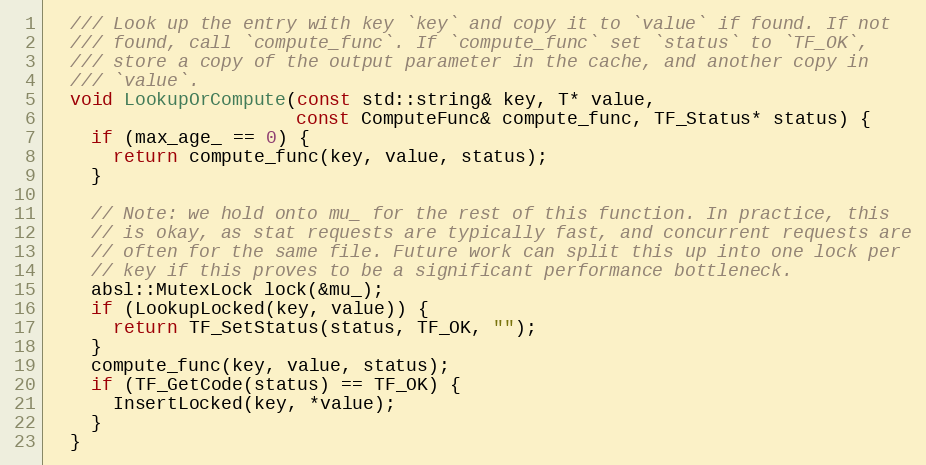
Language: C
  /// Look up the entry with key `key` and copy it to `value` if found. If not
  /// found, call `compute_func`. If `compute_func` set `status` to `TF_OK`,
  /// store a copy of the output parameter in the cache, and another copy in
  /// `value`.
  void LookupOrCompute(const std::string& key, T* value,
                       const ComputeFunc& compute_func, TF_Status* status) {
    if (max_age_ == 0) {
      return compute_func(key, value, status);
    }

    // Note: we hold onto mu_ for the rest of this function. In practice, this
    // is okay, as stat requests are typically fast, and concurrent requests are
    // often for the same file. Future work can split this up into one lock per
    // key if this proves to be a significant performance bottleneck.
    absl::MutexLock lock(&mu_);
    if (LookupLocked(key, value)) {
      return TF_SetStatus(status, TF_OK, "");
    }
    compute_func(key, value, status);
    if (TF_GetCode(status) == TF_OK) {
      InsertLocked(key, *value);
    }
  }